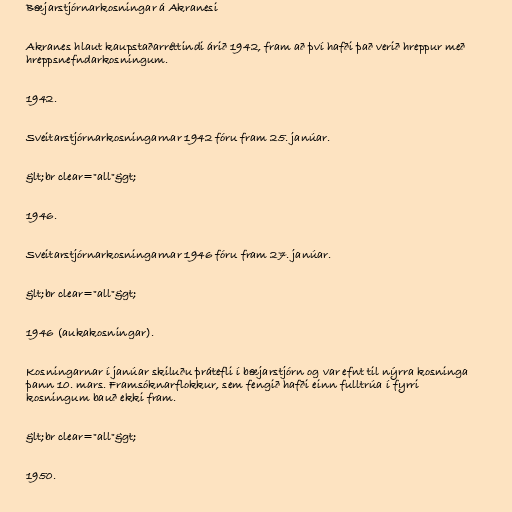
Bæjarstjórnarkosningar á Akranesi

Akranes hlaut kaupstaðarréttindi árið 1942, fram að því hafði það verið hreppur með
hreppsnefndarkosningum.

1942.

Sveitarstjórnarkosningarnar 1942 fóru fram 25. janúar.

&lt;br clear="all"&gt;

1946.

Sveitarstjórnarkosningarnar 1946 fóru fram 27. janúar.

&lt;br clear="all"&gt;

1946 (aukakosningar).

Kosningarnar í janúar skiluðu þrátefli í bæjarstjórn og var efnt til nýrra kosninga
þann 10. mars. Framsóknarflokkur, sem fengið hafði einn fulltrúa í fyrri
kosningum bauð ekki fram.

&lt;br clear="all"&gt;

1950.